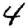
Digit: 4